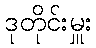
ဒုတိုင်းမှူး